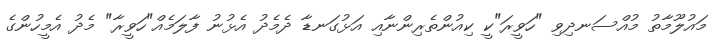
މައުލޫމާތު މުއްސަނދިވި "ހަވީރަ"ކީ ކިއުންތެރިންނާއި އަޅުގަނޑާ ދެމެދު އެޅުނު ފާލަމެއް"ހަވީރާ" މެދު އެމީހުންގެ